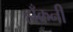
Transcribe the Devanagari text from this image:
हाँकनी